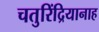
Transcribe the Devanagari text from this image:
चतुरिंद्रियानाह